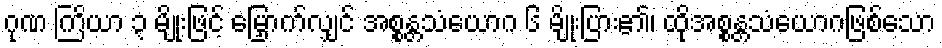
ဂုဏ ကြိယာ ၃ မျိုးဖြင့် မြှောက်လျှင် အစ္စန္တသံယောဂ ၆ မျိုးပြား၏၊ ထိုအစ္စန္တသံယောဂဖြစ်သော